Annual statistical returns and brief notes on vaccination in Bengal - 1909-1929
Year: 1909
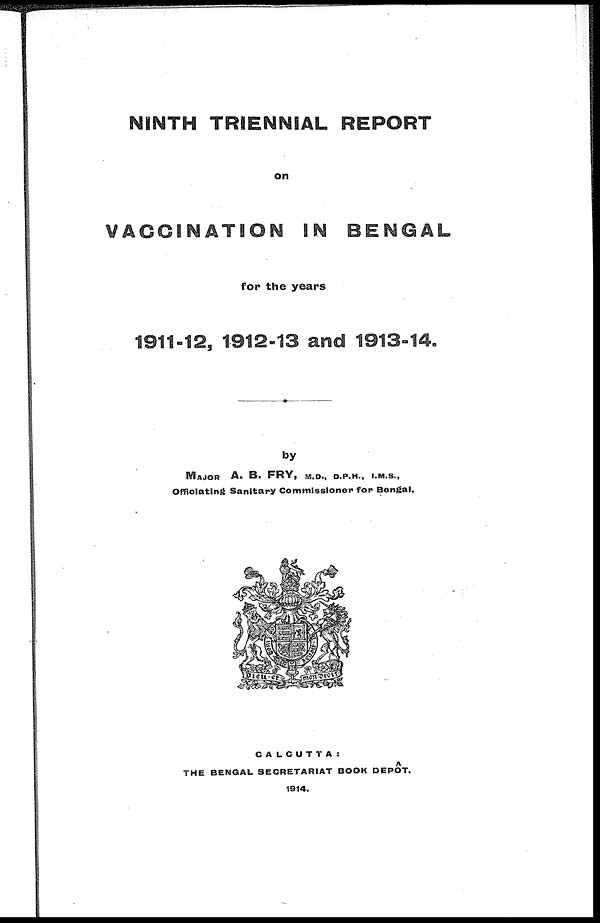
NINTH TRIENNIAL REPORT
on
VACCINATION IN BENGAL
for the years
1911-12, 1912-13 and 1913-14.
by
MAJOR A. B. FRY, M.D., D.P.H., I.M.S.,
Officiating Sanitary Commissioner for Bengal.
CALCUTTA:
THE BENGAL SECRETARIAT BOOK DEPÔT.
1914.